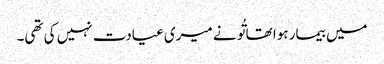
میں بیمار ہوا تھا تُو نے میری عیادت نہیں کی تھی۔